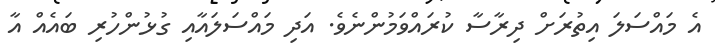
އެ މައްސަލަ އިތުރަށް ދިރާސާ ކުރައްވަމުންނެވެ. އަދި މައްސަލައާއި ގުޅުންހުރި ބައެއް އާ